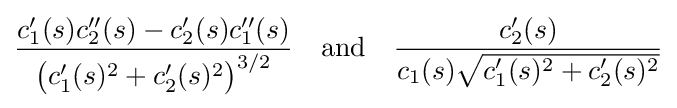
{\frac {c_{1}'(s)c_{2}''(s)-c_{2}'(s)c_{1}''(s)}{{\big (}c_{1}'(s)^{2}+c_{2}'(s)^{2}{\big )}^{3/2}}}\quad {\text{and}}\quad {\frac {c_{2}'(s)}{c_{1}(s){\sqrt {c_{1}'(s)^{2}+c_{2}'(s)^{2}}}}}